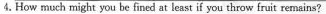
4.How much might you be fined at ieast if you throw fruit remains?